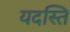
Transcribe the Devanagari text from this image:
यदस्ति